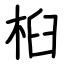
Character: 桕